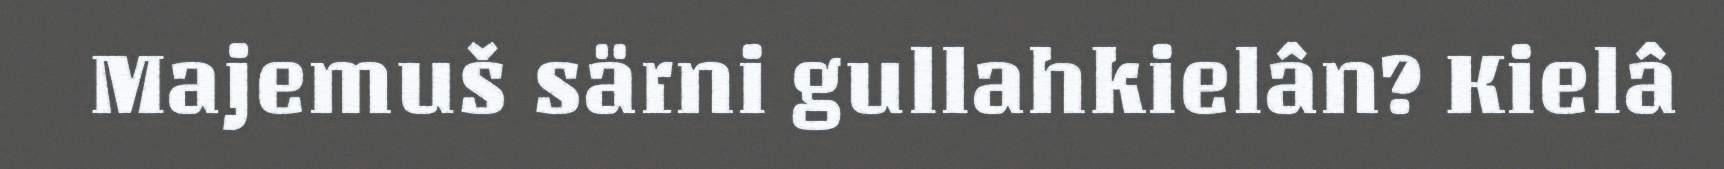
Majemuš särni gullahkielân? Kielâ